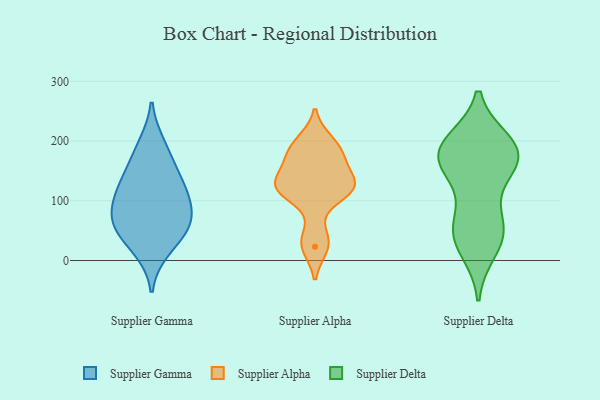
{"axis": {"x": "Humidity (%)", "y": "Value"}, "legend": ["Supplier Alpha", "Supplier Delta", "Supplier Gamma"], "data": [{"x": "", "y": 129, "type": "Supplier Gamma"}, {"x": "", "y": 84, "type": "Supplier Gamma"}, {"x": "", "y": 63, "type": "Supplier Gamma"}, {"x": "", "y": 161, "type": "Supplier Gamma"}, {"x": "", "y": 100, "type": "Supplier Gamma"}, {"x": "", "y": 49, "type": "Supplier Gamma"}, {"x": "", "y": 121, "type": "Supplier Gamma"}, {"x": "", "y": 18, "type": "Supplier Gamma"}, {"x": "", "y": 194, "type": "Supplier Gamma"}, {"x": "", "y": 58, "type": "Supplier Gamma"}, {"x": "", "y": 124, "type": "Supplier Alpha"}, {"x": "", "y": 36, "type": "Supplier Alpha"}, {"x": "", "y": 120, "type": "Supplier Alpha"}, {"x": "", "y": 199, "type": "Supplier Alpha"}, {"x": "", "y": 123, "type": "Supplier Alpha"}, {"x": "", "y": 178, "type": "Supplier Alpha"}, {"x": "", "y": 116, "type": "Supplier Alpha"}, {"x": "", "y": 185, "type": "Supplier Alpha"}, {"x": "", "y": 158, "type": "Supplier Alpha"}, {"x": "", "y": 127, "type": "Supplier Alpha"}, {"x": "", "y": 23, "type": "Supplier Alpha"}, {"x": "", "y": 179, "type": "Supplier Delta"}, {"x": "", "y": 197, "type": "Supplier Delta"}, {"x": "", "y": 49, "type": "Supplier Delta"}, {"x": "", "y": 185, "type": "Supplier Delta"}, {"x": "", "y": 180, "type": "Supplier Delta"}, {"x": "", "y": 152, "type": "Supplier Delta"}, {"x": "", "y": 55, "type": "Supplier Delta"}, {"x": "", "y": 168, "type": "Supplier Delta"}, {"x": "", "y": 19, "type": "Supplier Delta"}, {"x": "", "y": 154, "type": "Supplier Delta"}, {"x": "", "y": 192, "type": "Supplier Delta"}, {"x": "", "y": 39, "type": "Supplier Delta"}, {"x": "", "y": 70, "type": "Supplier Delta"}]}